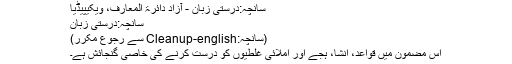
سانچہ:درستی زبان - آزاد دائرۃ المعارف، ویکیپیڈیا
سانچہ:درستی زبان
(سانچہ:Cleanup-english سے رجوع مکرر)
اس مضمون میں قواعد، انشا، ہجے اور املائی غلطیوں کو درست کرنے کی خاصی گنجائش ہے۔